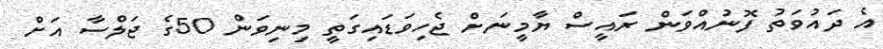
އެ ދައުވަތު ފޮނުއްވަން ރައީސް ޔާމީނަށް ޖެހިވަޑައިގަތީ މިނިވަން 50ގެ ޖަލްސާ އަށް